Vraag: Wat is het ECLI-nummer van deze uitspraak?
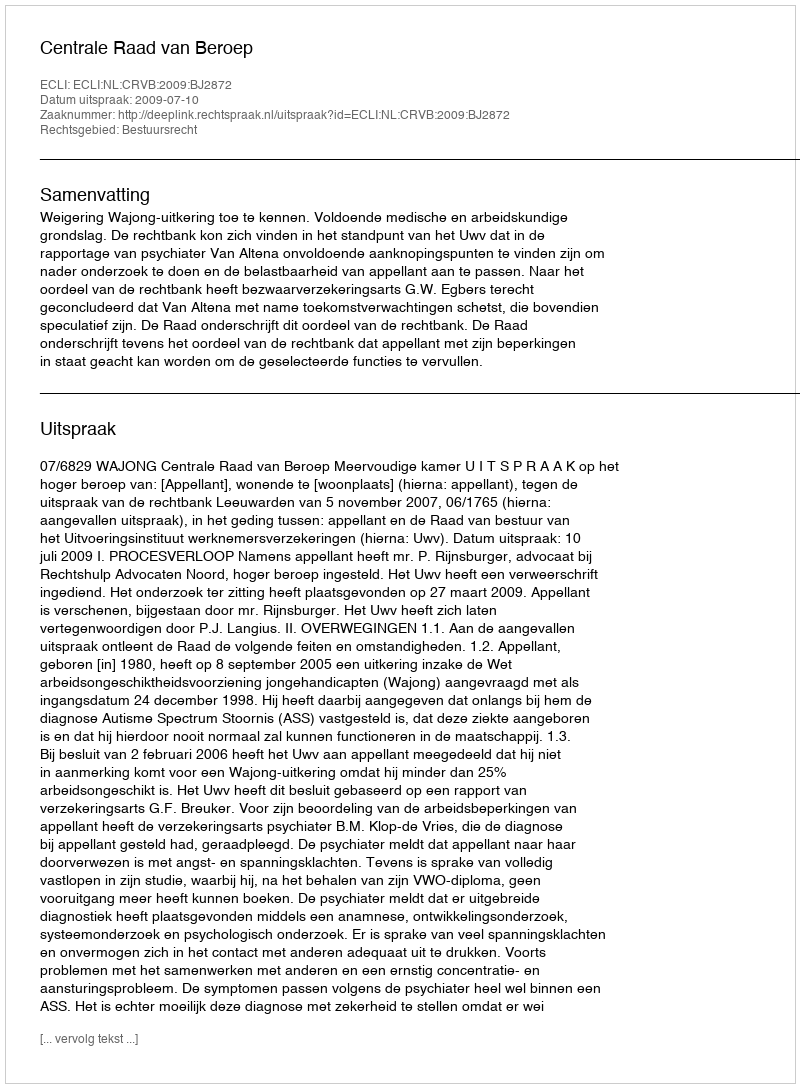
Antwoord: ECLI:NL:CRVB:2009:BJ2872